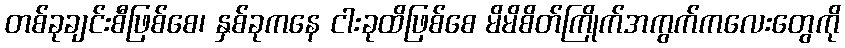
တစ်ခုချင်းစီဖြစ်စေ၊ နှစ်ခုကနေ ငါးခုထိဖြစ်စေ မိမိစိတ်ကြိုက်အကွက်ကလေးတွေကို